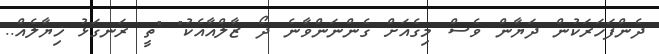
ދެންފަހަރަކުން ދަޔާން ވެސް މިގެއަށް ގެންނަންވާނެ ދޯ ޒާލްއާއެކު" "ތީ ރަނގަޅު ޚިޔާލެއް..